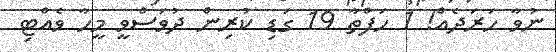
ނުވާ ހަރަދެއް! 1 ހަފްތާ 19 ގަޑި ކުރިން ދުވަސްވީ މީހާ ވެއްޓި